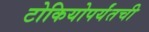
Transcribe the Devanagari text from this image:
टोकियोपर्यंतची